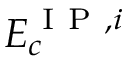
E _ { c } ^ { \mathrm { ~ I ~ P ~ } , i }